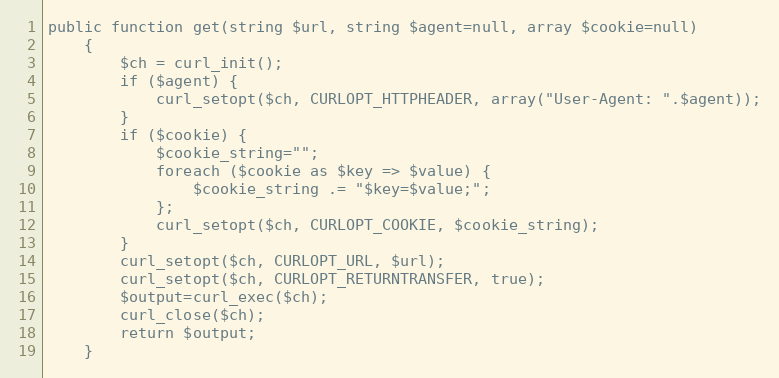
Language: PHP
public function get(string $url, string $agent=null, array $cookie=null)
    {
        $ch = curl_init();
        if ($agent) {
            curl_setopt($ch, CURLOPT_HTTPHEADER, array("User-Agent: ".$agent));
        }
        if ($cookie) {
            $cookie_string="";
            foreach ($cookie as $key => $value) {
                $cookie_string .= "$key=$value;";
            };
            curl_setopt($ch, CURLOPT_COOKIE, $cookie_string);
        }
        curl_setopt($ch, CURLOPT_URL, $url);
        curl_setopt($ch, CURLOPT_RETURNTRANSFER, true);
        $output=curl_exec($ch);
        curl_close($ch);
        return $output;
    }